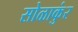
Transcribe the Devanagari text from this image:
सोळाकुंर